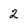
Character: 2